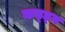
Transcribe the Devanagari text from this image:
कड्ड्म